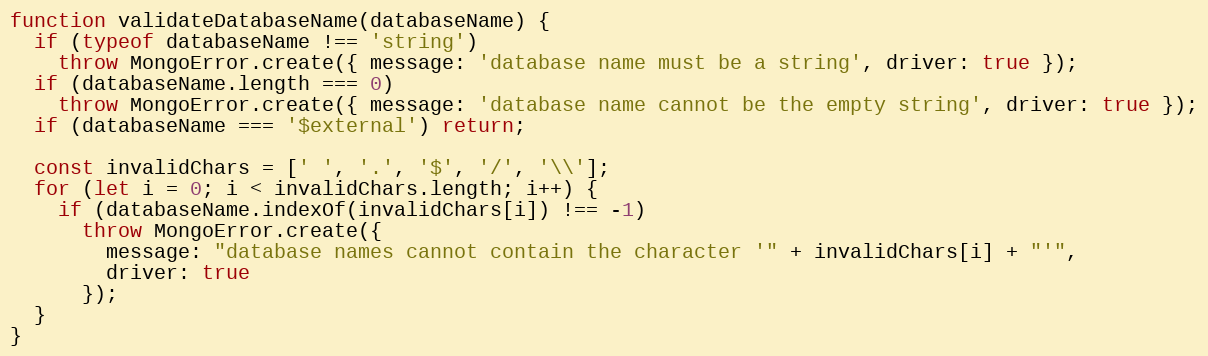
Language: JavaScript
function validateDatabaseName(databaseName) {
  if (typeof databaseName !== 'string')
    throw MongoError.create({ message: 'database name must be a string', driver: true });
  if (databaseName.length === 0)
    throw MongoError.create({ message: 'database name cannot be the empty string', driver: true });
  if (databaseName === '$external') return;

  const invalidChars = [' ', '.', '$', '/', '\\'];
  for (let i = 0; i < invalidChars.length; i++) {
    if (databaseName.indexOf(invalidChars[i]) !== -1)
      throw MongoError.create({
        message: "database names cannot contain the character '" + invalidChars[i] + "'",
        driver: true
      });
  }
}